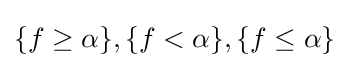
\{f\geq \alpha \},\{f<\alpha \},\{f\leq \alpha \}